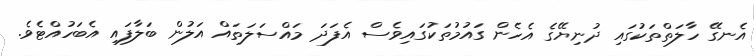
އެނގޭ ހާލަތްތަކުގައި ދުނިޔޭގެ އެހެން ގައުމުތަކުގައިވެސް އެފަދަ މައްސަލަތައް އަލުން ބަލާފައި އެބަހުއްޓެވެ.